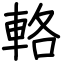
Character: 輅